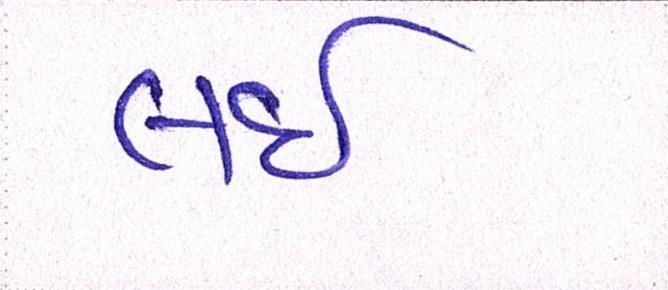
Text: લઇ